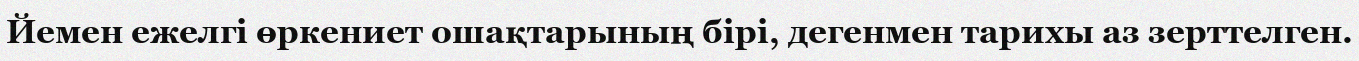
Йемен ежелгі өркениет ошақтарының бірі, дегенмен тарихы аз зерттелген.